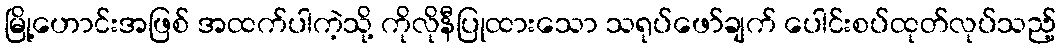
မြို့ဟောင်းအဖြစ် အထက်ပါကဲ့သို့ ကိုလိုနီပြုထားသော သရုပ်ဖော်ချက် ပေါင်းစပ်ထုတ်လုပ်သည့်